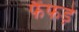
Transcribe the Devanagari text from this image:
फैंफड़े